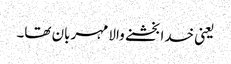
یعنی خدا بخشنے والا مہربان تھا۔